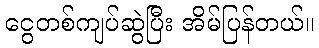
ငွေတစ်ကျပ်ဆွဲပြီး အိမ်ပြန်တယ်။